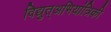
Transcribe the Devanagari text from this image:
विद्युत्अभियांत्रिकी